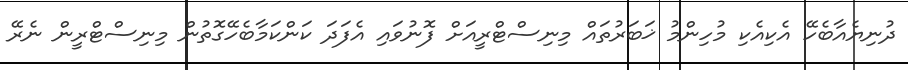
ދުނިޔެއާބެހޭ އެކިއެކި މުހިންމު ޚަބަރުތައް މިނިސްޓްރީއަށް ފޮނުވައި އެފަދަ ކަންކަމާބެހޭގޮތުން މިނިސްޓްރީން ނެރޭ